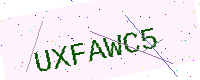
Text: UXFAWC5